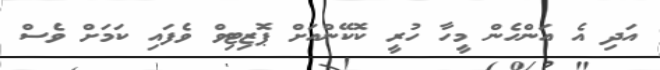
އަދި އެ އަންހެން މީހާ ހުރީ ކޮކޭންއަށް ޕޮޒިޓިވް ވެފައި ކަމަށް ވެސް